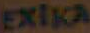
Exlka